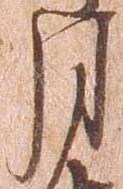
月